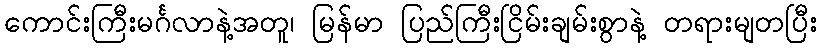
ကောင်းကြီးမင်္ဂလာနဲ့အတူ၊ မြန်မာ ပြည်ကြီးငြိမ်းချမ်းစွာနဲ့ တရားမျတပြီး